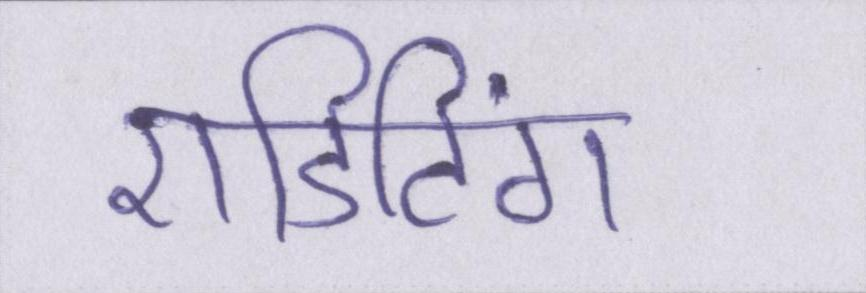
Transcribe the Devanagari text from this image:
एडिटिंग